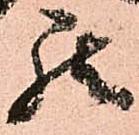
罷